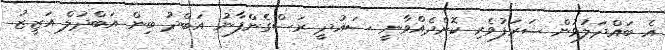
އެ ބައްދަލުވުން ޝަރަފުވެރި ކޮށްދެއްވާނީ ސައުދީ ރަސްގެންފާނު އަބްދު ބިން އަބްދުލް އަޒީޒު